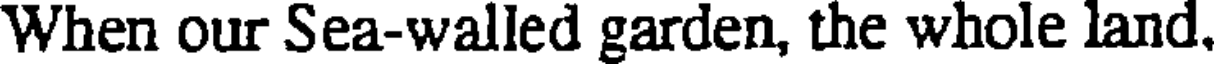
When our Sea-walled garden, the whole land.